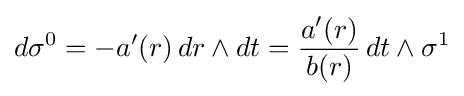
d\sigma ^{0}=-a'(r)\,dr\wedge dt={\frac {a'(r)}{b(r)}}\,dt\wedge \sigma ^{1}